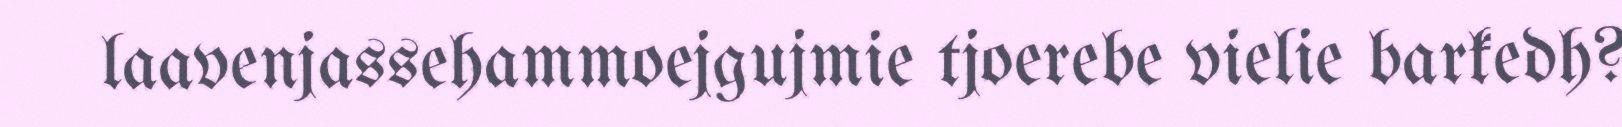
laavenjassehammoejgujmie tjoerebe vielie barkedh?